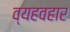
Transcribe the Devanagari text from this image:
व्यहवहार